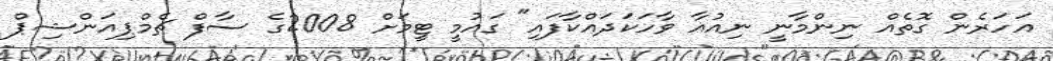
އަހަރެން ގޮތެއް ނިންމާނީ ނިއުއާ ވާހަކަދައްކާފައި" ގައުމީ ޓީމަށް 2008ގެ ސާފް ޗެމްޕިއަންޝިޕް